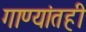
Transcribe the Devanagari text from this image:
गाण्यांतही